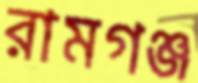
রামগঞ্জ